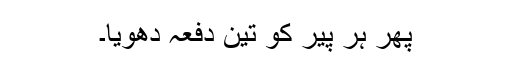
پھر ہر پیر کو تین دفعہ دھویا۔